Civil Veterinary Dept. Bombay admin report 1900-1906 - 1900-1906
Year: 1900
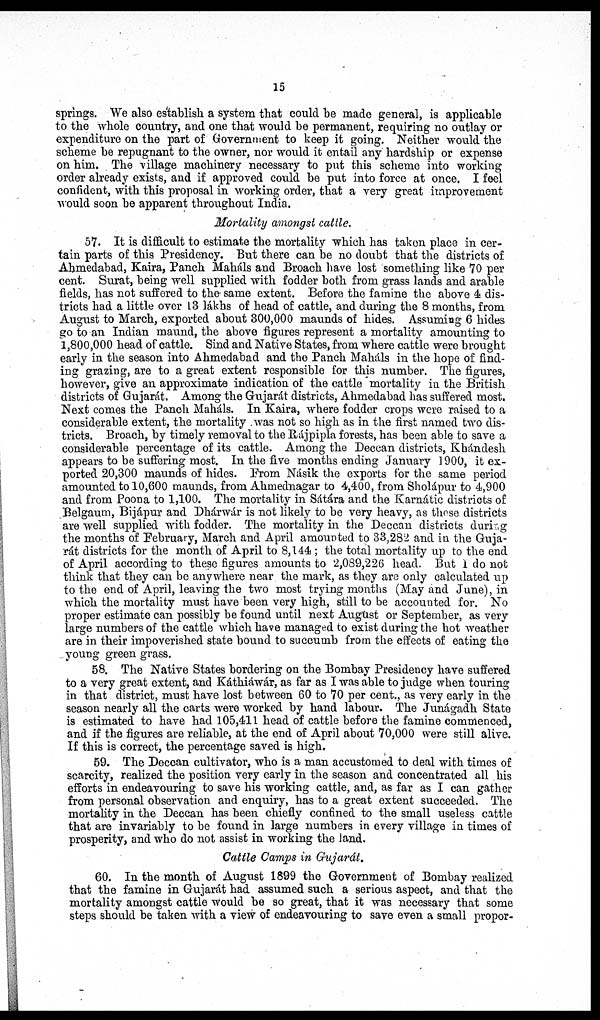
15
springs. We also establish a system that could be made general, is applicable
to the whole country, and one that would be permanent, requiring no outlay or
expenditure on the part of Government to keep it going. Neither would the
scheme be repugnant to the owner, nor would it entail any hardship or expense
on him. The village machinery necessary to put this scheme into working
order already exists, and if approved could be put into force at once. I feel
confident, with this proposal in working order, that a very great improvement
would soon be apparent throughout India.
Mortality amongst cattle.
57. It is difficult to estimate the mortality which has taken place in cer-
tain parts of this Presidency. But there can be no doubt that the districts of
Ahmedabad, Kaira, Panch Maháls and Broach have lost something like 70 per
cent. Surat, being well supplied with fodder both from grass lands and arable
fields, has not suffered to the same extent. Before the famine the above 4 dis-
tricts had a little over 13 lákhs of head of cattle, and during the 8 months, from
August to March, exported about 300,000 maunds of hides. Assuming 6 hides
go to an Indian maund, the above figures represent a mortality amounting to
1,800,000 head of cattle. Sind and Native States, from where cattle were brought
early in the season into Ahmedabad and the Panch Maháls in the hope of find-
ing grazing, are to a great extent responsible for this number. The figures,
however, give an approximate indication of the cattle mortality in the British
districts of Gujarát. Among the Gujarát districts, Ahmedabad has suffered most.
Next comes the Panch Maháls. In Kaira, where fodder crops were raised to a
considerable extent, the mortality was not so high as in the first named two dis-
tricts. Broach, by timely removal to the Rájpipla forests, has been able to save a
considerable percentage of its cattle. Among the Deccan districts, Khándesh
appears to be suffering most. In the five months ending January 1900, it ex-
ported 20,300 maunds of hides. Prom Násik the exports for the same period
amounted to 10,600 maunds, from Ahmednagar to 4,400, from Sholápur to 4,900
and from Poona to 1,100. The mortality in Sátára and the Karnátic districts of
Belgaum, Bijápur and Dhárwár is not likely to be very heavy, as those districts
are well supplied with fodder. The mortality in the Deccan districts during
the months of February, March and April amounted to 33,282 and in the Guja-
rát districts for the month of April to 8,144; the total mortality up to the end
of April according to these figures amounts to 2,089,226 head. But i do not
think that they can be anywhere near the mark, as they are only calculated up
to the end of April, leaving the two most trying months (May and June), in
which the mortality must have been very high, still to be accounted for. No
proper estimate can possibly be found until next August or September, as very
large numbers of the cattle which have managed to exist during the hot weather
are in their impoverished state bound to succumb from the effects of eating the
young green grass.
58. The Native States bordering on the Bombay Presidency have suffered
to a very great extent, and Káthiáwár, as far as I was able to judge when touring
in that district, must have lost between 60 to 70 per cent., as very early in the
season nearly all the carts were worked by hand labour. The Junágadh State
is estimated to have had 105,411 head of cattle before the famine commenced,
and if the figures are reliable, at the end of April about 70,000 were still alive.
If this is correct, the percentage saved is high.
59. The Deccan cultivator, who is a man accustomed to deal with times of
scarcity, realized the position very early in the season and concentrated all his
efforts in endeavouring to save his working cattle, and, as far as I can gather
from personal observation and enquiry, has to a great extent succeeded. The
mortality in the Deccan has been chiefly confined to the small useless cattle
that are invariably to be found in large numbers in every village in times of
prosperity, and who do not assist in working the land.
Cattle Camps in Gujarát.
60. In the month of August 1899 the Government of Bombay realized
that the famine in Gujarat had assumed such a serious aspect, and that the
mortality amongst cattle would be so great, that it was necessary that some
steps should be taken with a view of endeavouring to save even a small propor-